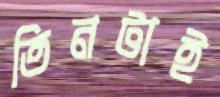
তিনটাই